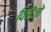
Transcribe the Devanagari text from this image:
विसेंज़ो